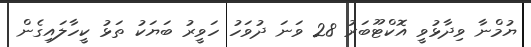
ޔުމްނާ ވިދާޅުވީ އޮކްޓޫބަރު 28 ވަނަ ދުވަހު ހަވީރު ބަޔަކު ތަޅު ކީހާލައިގެން